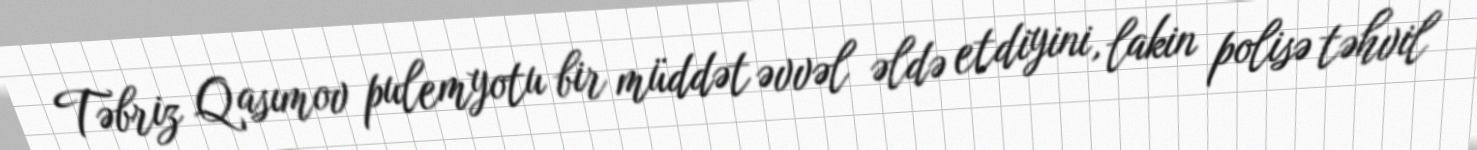
Təbriz Qasımov pulemyotu bir müddət əvvəl əldə etdiyini, lakin polisə təhvil